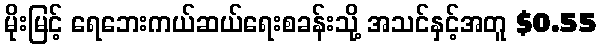
မိုးမြင့် ရေဘေးကယ်ဆယ်ရေးစခန်းသို့ အသင်နှင့်အတူ $0.55